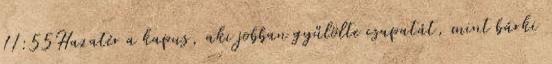
11:55Hazatér a kapus, aki jobban gyűlölte csapatát, mint bárki